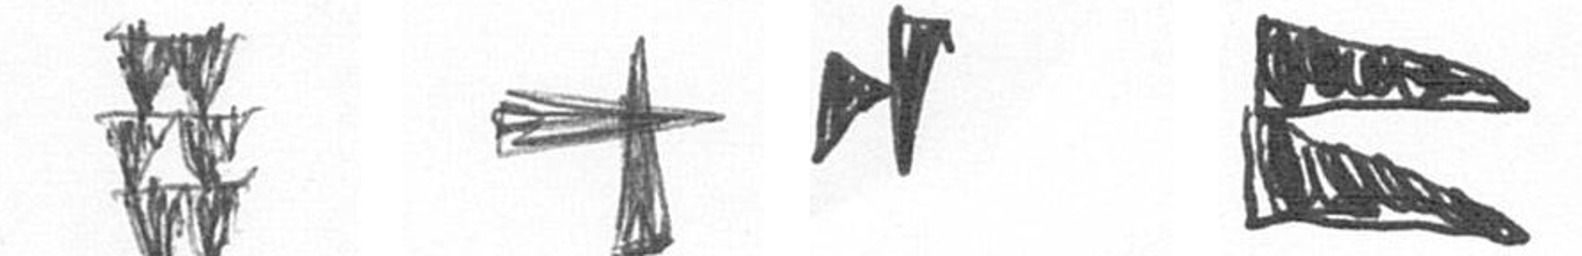
Y G M P